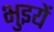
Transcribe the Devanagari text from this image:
भुइयें